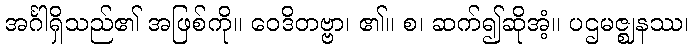
အင်္ဂါရှိသည်၏ အဖြစ်ကို။ ဝေဒိတဗ္ဗာ၊ ၏။ စ၊ ဆက်၍ဆိုအံ့။ ပဌမဇ္ဈနဿ၊